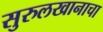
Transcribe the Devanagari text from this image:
सुरुलखानाचा